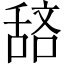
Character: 𫇖